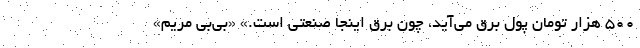
۵۰۰ هزار تومان پول برق می‌آید، چون برق اینجا صنعتی است.» «بی‌بی مریم»